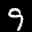
Label: 9